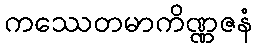
ကဿေတမာကိဏ္ဏဇနံ